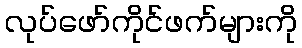
လုပ်ဖော်ကိုင်ဖက်များကို